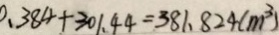
0 . 3 8 4 + 3 0 1 . 4 4 = 3 8 1 . 8 2 4 ( m ^ { 3 } )